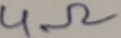
Text: 4Ω